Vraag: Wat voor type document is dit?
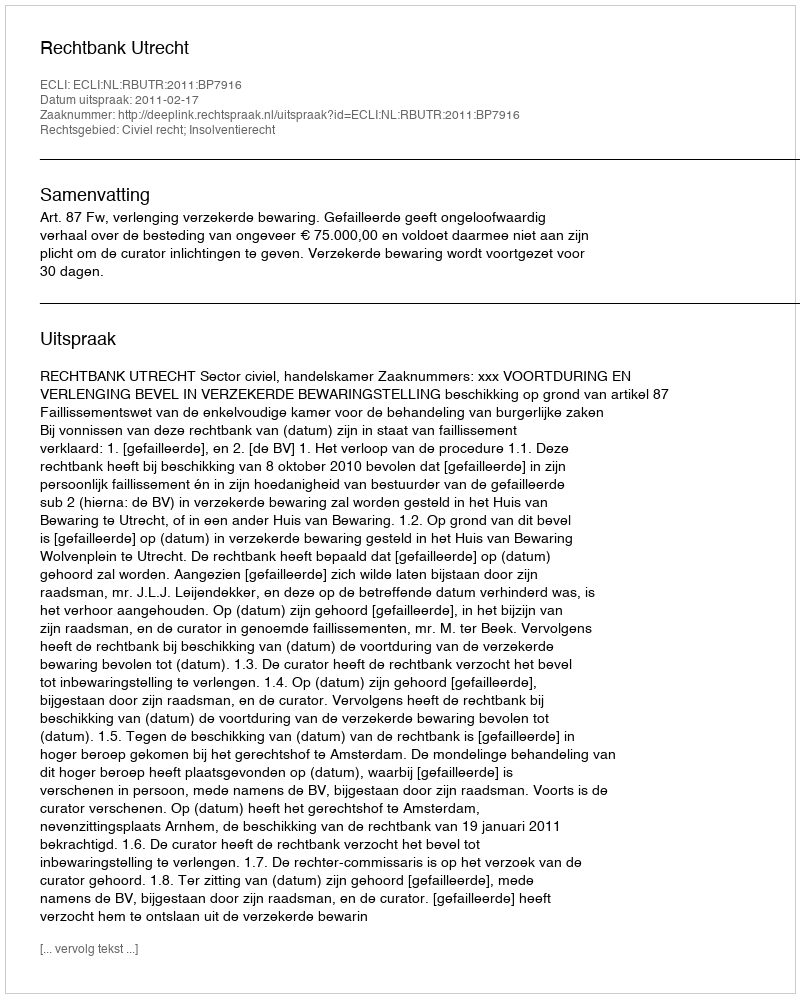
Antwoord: Uitspraak